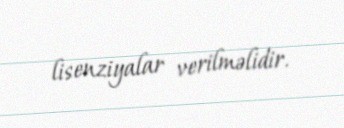
lisenziyalar verilməlidir.